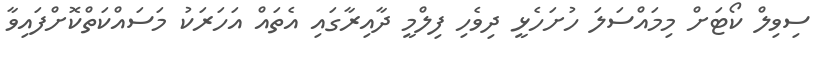
ސިވިލް ކޯޓަށް މިމައްސަލަ ހުށަހެޅީ ދިވެހި ފިލްމީ ދާއިރާގައި އެތައް އަހަރަކު މަސައްކަތްކޮށްފައިވާ